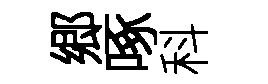
郷啄科